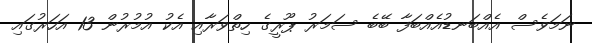
ނަމަވެސް އެއްބަނޑުއެއްބަފާ ބޭބެ ސަމަރު ޕޫރީގެ ހިތްވަރާއި އެކު އުމުރުން 13 އަހަރުގައި